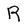
Character: R